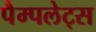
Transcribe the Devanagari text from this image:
पैम्पलेट्स